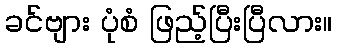
ခင်ဗျား ပုံစံ ဖြည့်ပြီးပြီလား။